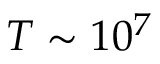
T \sim 1 0 ^ { 7 }